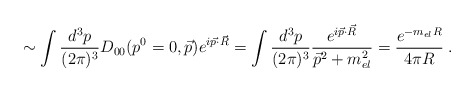
\begin{align*}\sim\int \frac{d^3p}{(2 \pi)^3} D_{00} ( p^0=0, \vec{p}) e^{i\vec{p} \cdot \vec{R}}= \int \frac{d^3p}{(2 \pi)^3} \frac{ e^{i\vec{p} \cdot \vec{R}} }{\vec{p}^2 + m_{el}^2} = \frac{e^{-m_{el}R}}{4 \pi R}\;.\end{align*}